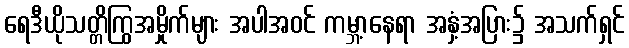
ရေဒီယိုသတ္တိကြွအမှိုက်များ အပါအဝင် ကမ္ဘာ့နေရာ အနှံ့အပြား၌ အသက်ရှင်